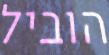
הוביל